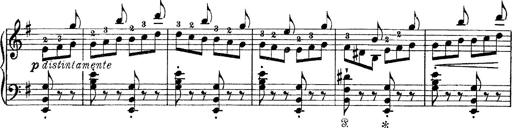
Title: Tarantelle di bravura dâ€™aprÃ¨s la tarantelle de La muette de Portici
Composer: Franz Liszt